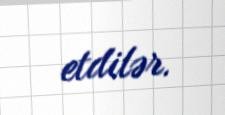
etdilər.